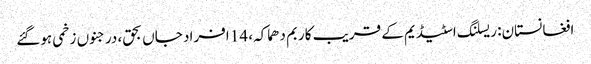
افغانستان: ریسلنگ اسٹیڈیم کے قریب کار بم دھماکہ، 14 افراد جاں بحق، درجنوں زخمی ہوگئے